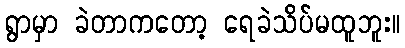
ရွာမှာ ခဲတာကတော့ ရေခဲသိပ်မထူဘူး။